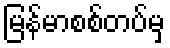
မြန်မာစစ်တပ်မှ